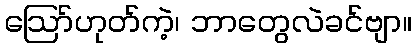
ဪဟုတ်ကဲ့၊ ဘာတွေလဲခင်ဗျာ။